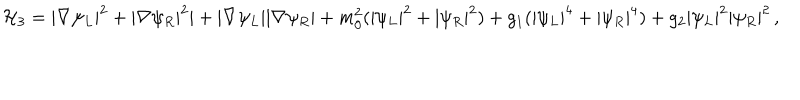
LaTeX: { \cal H } _ { 3 } = | \nabla \psi _ { L } | ^ { 2 } + | \nabla \psi _ { R } | ^ { 2 } | + | \nabla \psi _ { L } | | \nabla \psi _ { R } | + m _ { 0 } ^ { 2 } ( | \psi _ { L } | ^ { 2 } + | \psi _ { R } | ^ { 2 } ) + g _ { 1 } ( | \psi _ { L } | ^ { 4 } + | \psi _ { R } | ^ { 4 } ) + g _ { 2 } | \psi _ { L } | ^ { 2 } | \psi _ { R } | ^ { 2 } \, ,